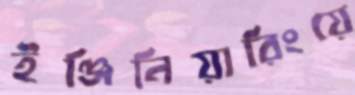
ইঞ্জিনিয়ারিংয়ে